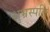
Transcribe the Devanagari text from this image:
शुभ्रस्पति